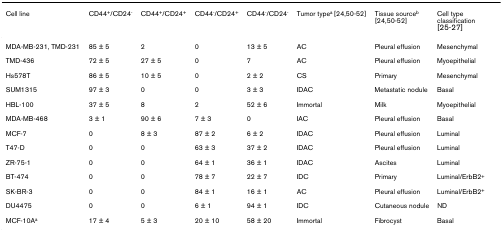
| Cell line | CD44+/CD24- | CD44+/CD24+ | CD44-/CD24+ | CD44-/CD24- | Tumor typea [24,50-52] | Tissue sourceb [24,50-52] | Cell type classification [25-27] |
 | --- | --- | --- | --- | --- | --- | --- | --- |
 | MDA-MB-231, TMD-231 | 85 ± 5 | 2 | 0 | 13 ± 5 | AC | Pleural effusion | Mesenchymal |
 | TMD-436 | 72 ± 5 | 27 ± 5 | 0 | 7 | AC | Pleural effusion | Myoepithelial |
 | Hs578T | 86 ± 5 | 10 ± 5 | 0 | 2 ± 2 | CS | Primary | Mesenchymal |
 | SUM1315 | 97 ± 3 | 0 | 0 | 3 ± 3 | IDAC | Metastatic nodule | Basal |
 | HBL-100 | 37 ± 5 | 8 | 2 | 52 ± 6 | Immortal | Milk | Myoepithelial |
 | MDA-MB-468 | 3 ± 1 | 90 ± 6 | 7 ± 3 | 0 | IAC | Pleural effusion | Basal |
 | MCF-7 | 0 | 8 ± 3 | 87 ± 2 | 6 ± 2 | IDAC | Pleural effusion | Luminal |
 | T47-D | 0 | 0 | 63 ± 3 | 37 ± 2 | IDAC | Pleural effusion | Luminal |
 | ZR-75-1 | 0 | 0 | 64 ± 1 | 36 ± 1 | IDAC | Ascites | Luminal |
 | BT-474 | 0 | 0 | 78 ± 7 | 22 ± 7 | IDC | Primary | Luminal/ErbB2+ |
 | SK-BR-3 | 0 | 0 | 84 ± 1 | 16 ± 1 | AC | Pleural effusion | Luminal/ErbB2+ |
 | DU4475 | 0 | 0 | 6 ± 1 | 94 ± 1 | IDC | Cutaneous nodule | ND |
 | MCF-10Aa | 17 ± 4 | 5 ± 3 | 20 ± 10 | 58 ± 20 | Immortal | Fibrocyst | Basal |